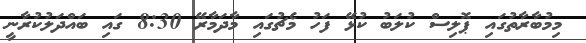
މިމުބާރާތުގައި ޕޮލިސް ކުލަބު ކުޅޭ ފަހު މެޗުގައި މާދަމާރޭ 8:30 ގައި ބައްދަލުކުރާނީ